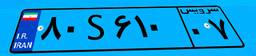
۵۲S۲۰۷۴۴